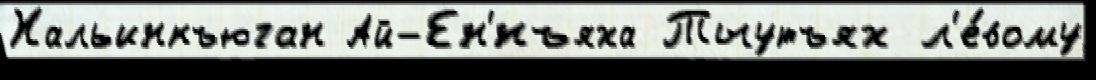
Хальинкъюган Ай-Ен'́нъяха Тыутъях л'е́вому